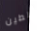
الطين